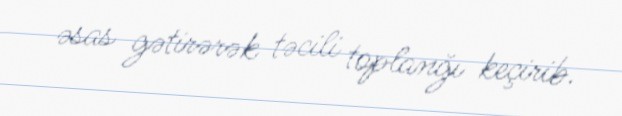
əsas gətirərək təcili toplanğı keçirib.